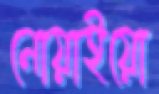
নোয়াইয়ো